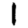
Digit: 1